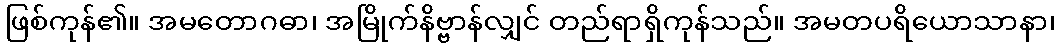
ဖြစ်ကုန်၏။ အမတောဂဓာ၊ အမြိုက်နိဗ္ဗာန်လျှင် တည်ရာရှိကုန်သည်။ အမတပရိယောသာနာ၊